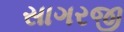
સાગરજી